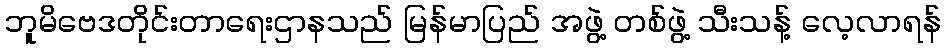
ဘူမိဗေဒတိုင်းတာရေးဌာနသည် မြန်မာပြည် အဖွဲ့ တစ်ဖွဲ့ သီးသန့် လေ့လာရန်